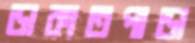
ডাকাতপাড়া